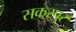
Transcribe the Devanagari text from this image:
सकरपुर